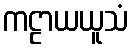
ကဠာယယူသံ